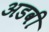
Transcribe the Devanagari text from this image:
अडवी